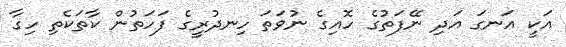
އަކީ އަނގަ އަދި ނޭފަތުގެ ހޮއިގެ ނުވަތަ ހިނދުރީގެ ފަހަތުން ކާތަކެތި ހިގާ